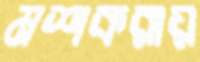
মশকরায়